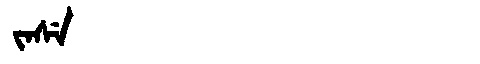
Manchu: ᠵᠠᠰᡝ
Romanization: JASE